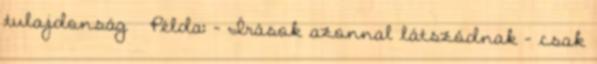
tulajdonság ● Példa: – Írások azonnal látszódnak – csak